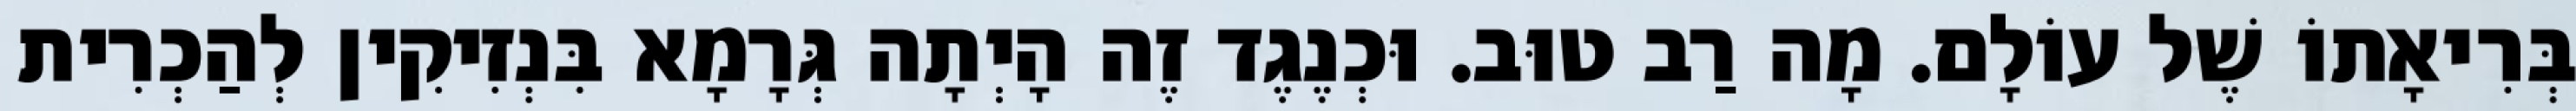
בְּרִיאָתוֹ שֶׁל עוֹלָם. מָה רַב טוּב. וּכְנֶגֶד זֶה הָיְתָה גְּרָמָא בִּנְזִיקִין לְהַכְרִית